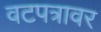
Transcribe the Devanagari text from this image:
वटपत्रावर